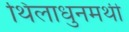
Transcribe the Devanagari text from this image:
थिलाधुनमथी